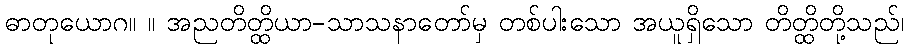
ဓာတုယောဂ။ ။ အညတိတ္ထိယာ-သာသနာတော်မှ တစ်ပါးသော အယူရှိသော တိတ္ထိတို့သည်၊